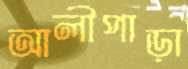
আলীপাড়া